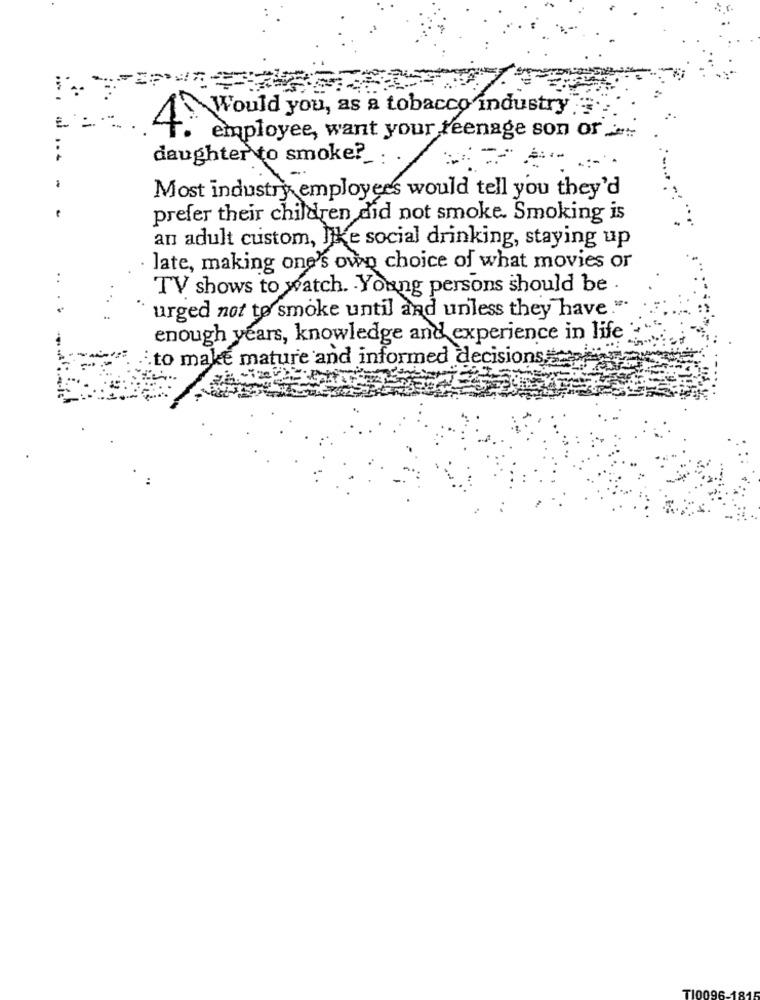
4. Would you, as a tobacco industry.
E
employee, want your teenage son of
daughter to smoke ?_: .
Most industry employees would tell you they'd
prefer their children did not smoke. Smoking is
an adult custom, Jike social drinking, staying up
late, making one's own choice of what movies or
..
TV shows to watch. Young persons should be .
urged not to smoke until and unless they have .".
enough years, knowledge and experience in life
to make mature and informed decisions